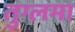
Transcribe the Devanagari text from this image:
तुग्लमा